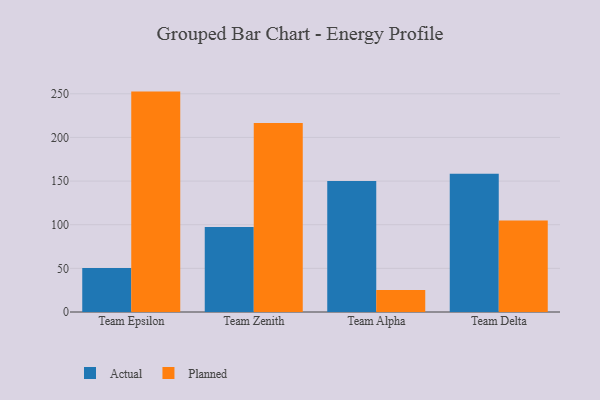
{"axis": {"x": "Team", "y": "Website Visitors"}, "legend": ["Actual", "Planned"], "data": [{"x": "Team Epsilon", "y": 50.5, "type": "Actual"}, {"x": "Team Epsilon", "y": 252.5, "type": "Planned"}, {"x": "Team Zenith", "y": 97.4, "type": "Actual"}, {"x": "Team Zenith", "y": 216.5, "type": "Planned"}, {"x": "Team Alpha", "y": 150.0, "type": "Actual"}, {"x": "Team Alpha", "y": 25.2, "type": "Planned"}, {"x": "Team Delta", "y": 158.5, "type": "Actual"}, {"x": "Team Delta", "y": 104.7, "type": "Planned"}]}